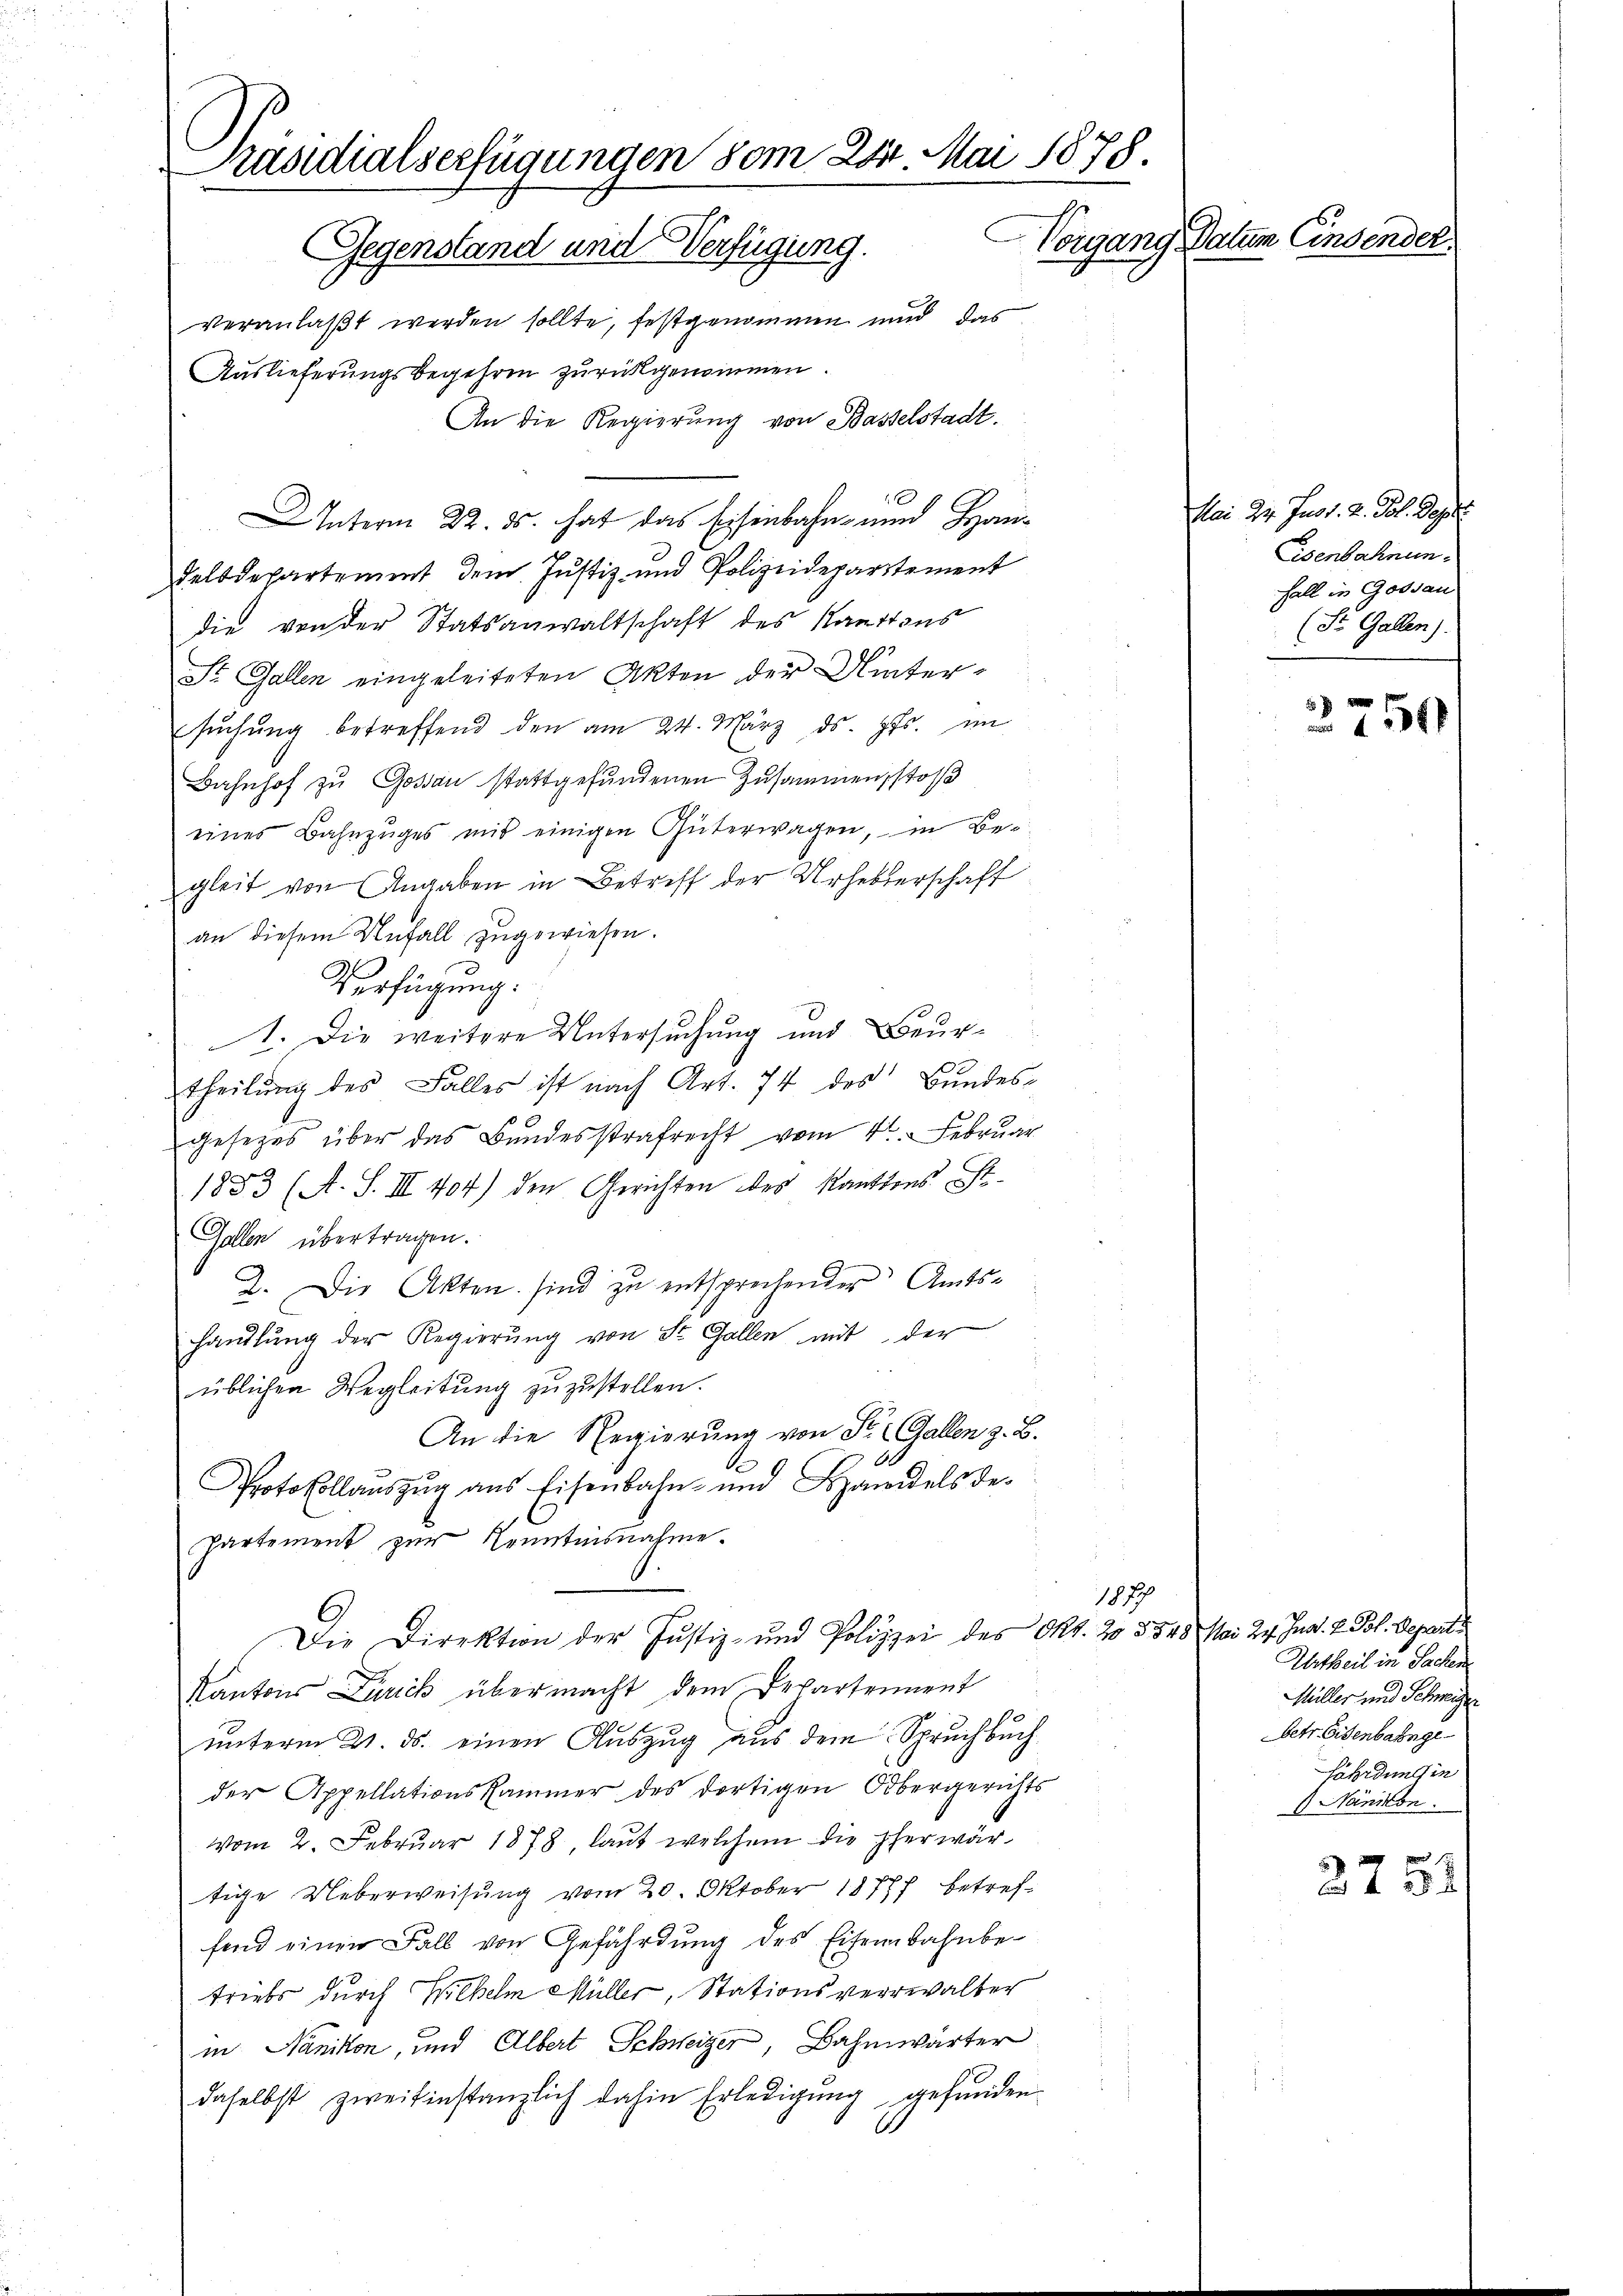
Präsidialserfügungen vom 28. Mai 1878.
Vorgang Datum Einsender
Gegenstand und Verfügung.
veranlaßt werden sollte, festgenommen und das
Auslieferungsbegehren zurückgenommen.
An die Regierung von Basselstadt.

Interm 22. ds. hat das Eisenbahn- und Han¬
Feltdepartement dem Justiz- und Polizeidepartement
die von der Statsanwaltschaft des Kantons
St. Gallen eingeleiteten Akten der Wintersŭchŭng betreffend den am 24. März d. Js. im
Bahnhof zu Goßau stattgefundenen Zusammen, stoß
eines Bahnzuges mit einigen Güterwagen, in Begleit von Angaben in Betreff der Urheberschaft
an diesem Unfall zugewiesen.
Verfügung:
1. Die weitere Untersuchung und Beurtheilŭng des Falles ist nach Art. 74 des Bundes-
gesetzes über das Bundesstrafrecht vom 4. Februar
1883 (A. S. III 404) den Gerichten des Kantons St.
Gallen übertragen.
2. Die Akten sind zu entsprechender Amtshandlŭng der Regierŭng von St. Gallen mit der
üblichen Wegleitŭng zŭzŭstellen.
An die Regierung von St. Gallen z. B.
.
A
Protokollauszug aus Eisenbahn- und Bandels de¬
Partement zur Kenntnisnahme.
G
Die Direktion der Justiz- und Polizei des Okt. 20 § 548 Mai 24. Junal. v. Pol. Depart
Kantons Zürich übermacht dem Departennent
unterm 21. ds. einen Auszug aus dem Spruchbuch
der Appellationskammer des dortigen Obergerichts
vom 2. Februar 1878, laut welchem die Eherwärtige Ueberweisung vom 20. Oktober 18787 betreffend einen Fall von Gefährdung des Eisenbahnbetriebs durch Wilhelm Müller, Stationsverwalter
in Nänikon, und Albert Schweizer, Bahnwärter
daselbst zweitinstanzlich dahin Erledigung gefunden

1887

Mai 22. Just. 2. Fol. Dep
Eisenbahnun¬
Fall in Gossau
(St. Gallen).

2750

Urtheil in Sachen
Müller und Schweizer
betr. Eisenbahnge
fährden in
 Nänikon.

2751